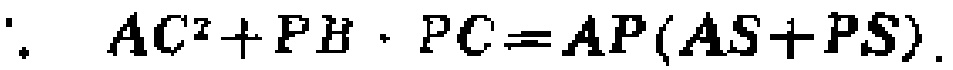
\(\therefore AC^{2}+PB\cdot PC = AP(AS + PS)\)